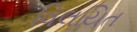
વિલયિત